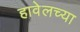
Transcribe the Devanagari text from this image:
हावेलच्या